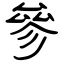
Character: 參